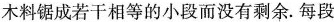
木料锯成若干相等的小段而没有剩余。每段